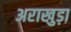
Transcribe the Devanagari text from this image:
अराखुड़ा